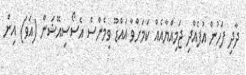
ދާދި ފަހުން އުފެއްދި ޖަމިއްޔާއެއް ކަަމަށްވާ އައްޑޫ ވިމެންްސް އެސޯސިއޭޝަން (އަވަ) އިން